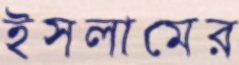
ইসলামের